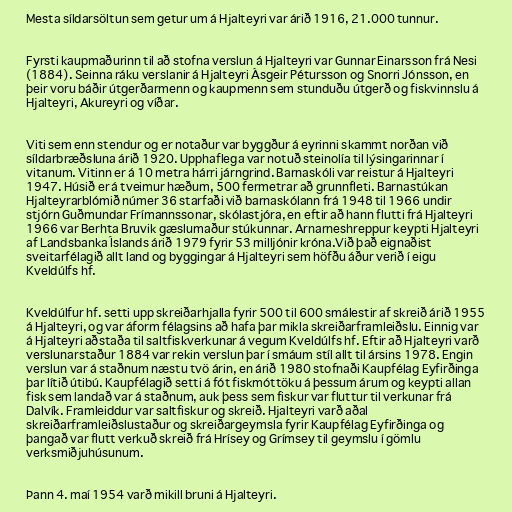
Mesta síldarsöltun sem getur um á Hjalteyri var árið 1916, 21.000 tunnur.

Fyrsti kaupmaðurinn til að stofna verslun á Hjalteyri var Gunnar Einarsson frá Nesi
(1884). Seinna ráku verslanir á Hjalteyri Ásgeir Pétursson og Snorri Jónsson, en
þeir voru báðir útgerðarmenn og kaupmenn sem stunduðu útgerð og fiskvinnslu á
Hjalteyri, Akureyri og víðar.

Viti sem enn stendur og er notaður var byggður á eyrinni skammt norðan við
síldarbræðsluna árið 1920. Upphaflega var notuð steinolía til lýsingarinnar í
vitanum. Vitinn er á 10 metra hárri járngrind. Barnaskóli var reistur á Hjalteyri
1947. Húsið er á tveimur hæðum, 500 fermetrar að grunnfleti. Barnastúkan
Hjalteyrarblómið númer 36 starfaði við barnaskólann frá 1948 til 1966 undir
stjórn Guðmundar Frímannssonar, skólastjóra, en eftir að hann flutti frá Hjalteyri
1966 var Berhta Bruvik gæslumaður stúkunnar. Arnarneshreppur keypti Hjalteyri
af Landsbanka Íslands árið 1979 fyrir 53 milljónir króna.Við það eignaðist
sveitarfélagið allt land og byggingar á Hjalteyri sem höfðu áður verið í eigu
Kveldúlfs hf.

Kveldúlfur hf. setti upp skreiðarhjalla fyrir 500 til 600 smálestir af skreið árið 1955
á Hjalteyri, og var áform félagsins að hafa þar mikla skreiðarframleiðslu. Einnig var
á Hjalteyri aðstaða til saltfiskverkunar á vegum Kveldúlfs hf. Eftir að Hjalteyri varð
verslunarstaður 1884 var rekin verslun þar í smáum stíl allt til ársins 1978. Engin
verslun var á staðnum næstu tvö árin, en árið 1980 stofnaði Kaupfélag Eyfirðinga
þar lítið útibú. Kaupfélagið setti á fót fiskmóttöku á þessum árum og keypti allan
fisk sem landað var á staðnum, auk þess sem fiskur var fluttur til verkunar frá
Dalvík. Framleiddur var saltfiskur og skreið. Hjalteyri varð aðal
skreiðarframleiðslustaður og skreiðargeymsla fyrir Kaupfélag Eyfirðinga og
þangað var flutt verkuð skreið frá Hrísey og Grímsey til geymslu í gömlu
verksmiðjuhúsunum.

Þann 4. maí 1954 varð mikill bruni á Hjalteyri.